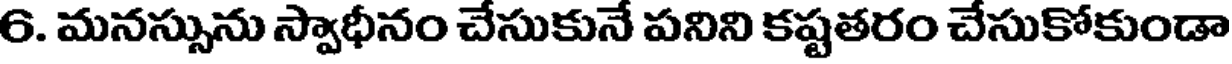
6. మనస్సును స్వాధీనం చేసుకునే పనిని కష్టతరం చేసుకోకుండా